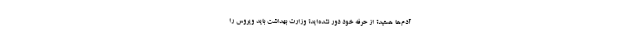
آدم‌ها هستید؟ از حرفه خود دور نشده‌اید؟ وزارت بهداشت باید ویروس را